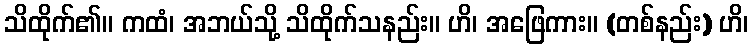
သိထိုက်၏။ ကထံ၊ အဘယ်သို့ သိထိုက်သနည်း။ ဟိ၊ အဖြေကား။ (တစ်နည်း) ဟိ၊